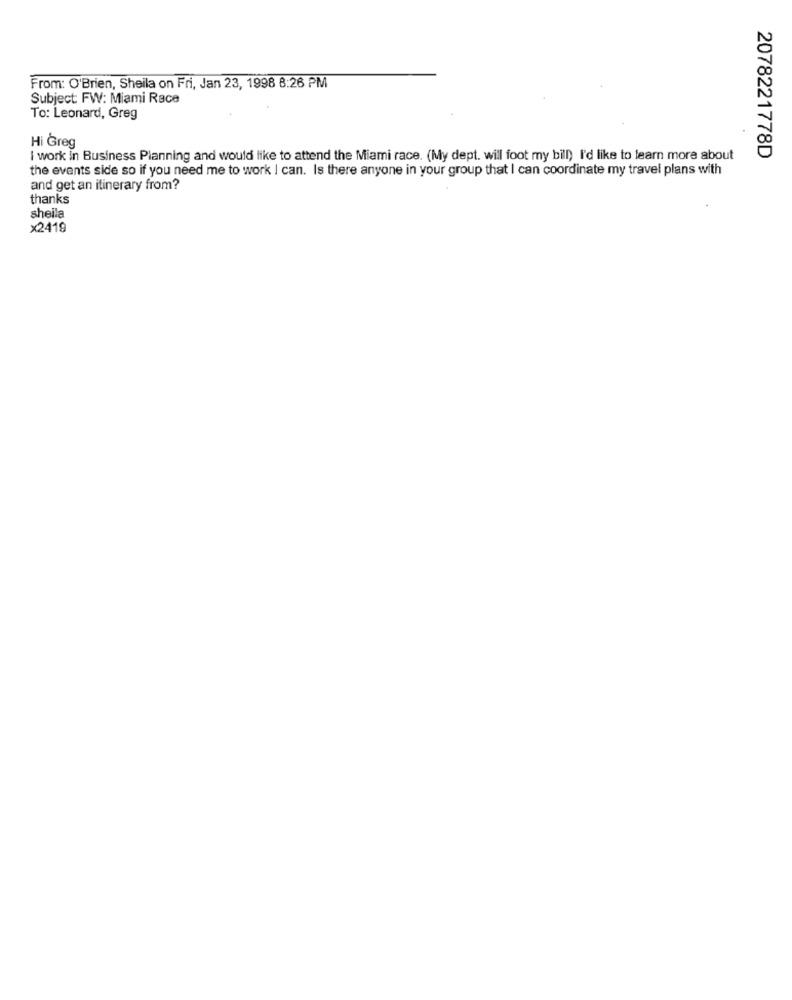
From: O'Brien, Sheila on Fri, Jan 23, 1998 8:26 PM
Subject: FW: Miami Race
To: Leonard, Greg
Hi Greg
I work in Business Planning and would like to attend the Miami race. (My dept. will foot my bill) I'd like to learn more about
2078221778D
the events side so if you need me to work I can. Is there anyone in your group that I can coordinate my travel plans with
and get an itinerary from?
thanks
sheila
x2419